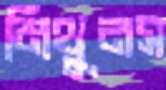
মিথুনস